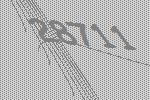
28711